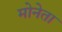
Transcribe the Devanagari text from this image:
मोनेता